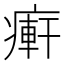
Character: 𤹖